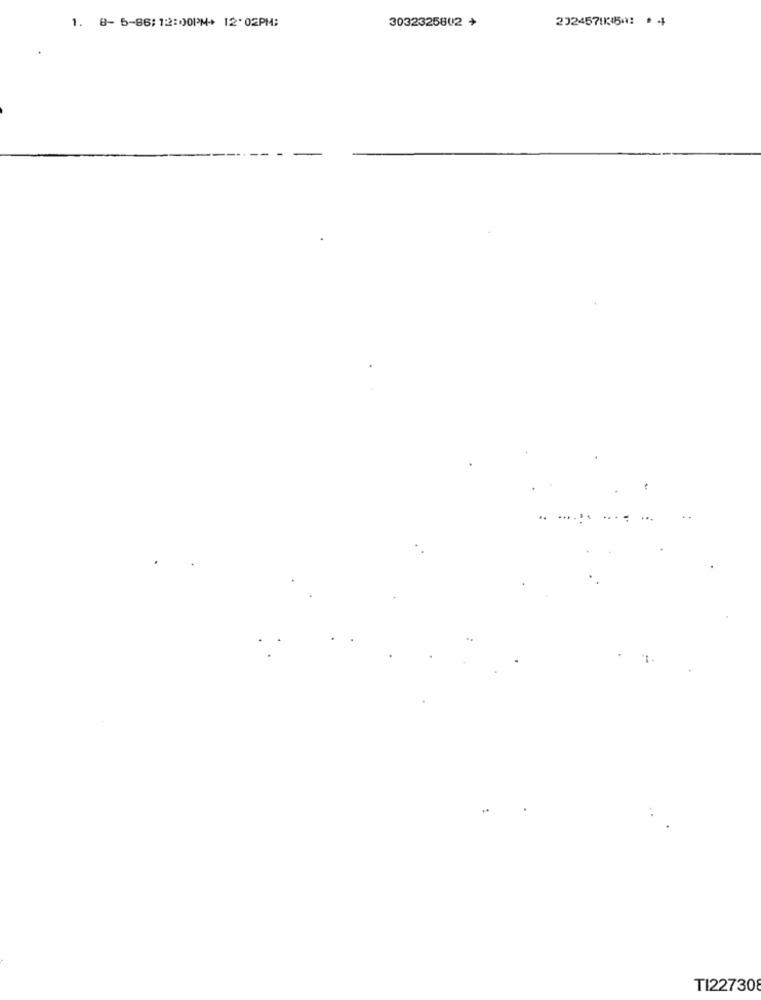
3032325802 +
2324570350: * 4
1. 8- 5-86:12:00PM+ 12:02PM;
...
TI22730